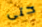
حتى